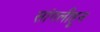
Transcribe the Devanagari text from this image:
सांगलीहून